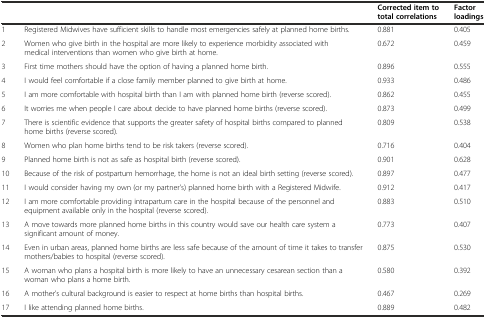
<table><thead><tr><td></td><td></td><td><b>Corrected item to total correlations</b></td><td><b>Factor loadings</b></td></tr></thead><tbody><tr><td>1</td><td>Registered Midwives have sufficient skills to handle most emergencies safely at planned home births.</td><td>0.881</td><td>0.405</td></tr><tr><td>2</td><td>Women who give birth in the hospital are more likely to experience morbidity associated with medical interventions than women who give birth at home.</td><td>0.672</td><td>0.459</td></tr><tr><td>3</td><td>First time mothers should have the option of having a planned home birth.</td><td>0.896</td><td>0.555</td></tr><tr><td>4</td><td>I would feel comfortable if a close family member planned to give birth at home.</td><td>0.933</td><td>0.486</td></tr><tr><td>5</td><td>I am more comfortable with hospital birth than I am with planned home birth (reverse scored).</td><td>0.862</td><td>0.455</td></tr><tr><td>6</td><td>It worries me when people I care about decide to have planned home births (reverse scored).</td><td>0.873</td><td>0.499</td></tr><tr><td>7</td><td>There is scientific evidence that supports the greater safety of hospital births compared to planned home births (reverse scored).</td><td>0.809</td><td>0.538</td></tr><tr><td>8</td><td>Women who plan home births tend to be risk takers (reverse scored).</td><td>0.716</td><td>0.404</td></tr><tr><td>9</td><td>Planned home birth is not as safe as hospital birth (reverse scored).</td><td>0.901</td><td>0.628</td></tr><tr><td>10</td><td>Because of the risk of postpartum hemorrhage, the home is not an ideal birth setting (reverse scored).</td><td>0.897</td><td>0.477</td></tr><tr><td>11</td><td>I would consider having my own (or my partner’s) planned home birth with a Registered Midwife.</td><td>0.912</td><td>0.417</td></tr><tr><td>12</td><td>I am more comfortable providing intrapartum care in the hospital because of the personnel and equipment available only in the hospital (reverse scored).</td><td>0.883</td><td>0.510</td></tr><tr><td>13</td><td>A move towards more planned home births in this country would save our health care system a significant amount of money.</td><td>0.773</td><td>0.407</td></tr><tr><td>14</td><td>Even in urban areas, planned home births are less safe because of the amount of time it takes to transfer mothers/babies to hospital (reverse scored).</td><td>0.875</td><td>0.530</td></tr><tr><td>15</td><td>A woman who plans a hospital birth is more likely to have an unnecessary cesarean section than a woman who plans a home birth.</td><td>0.580</td><td>0.392</td></tr><tr><td>16</td><td>A mother’s cultural background is easier to respect at home births than hospital births.</td><td>0.467</td><td>0.269</td></tr><tr><td>17</td><td>I like attending planned home births.</td><td>0.889</td><td>0.482</td></tr></tbody></table>